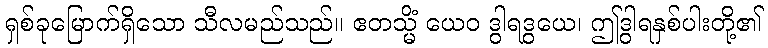
ရှစ်ခုမြောက်ရှိသော သီလမည်သည်။ ဧတသ္မိံ ယေဝ ဒွါရဒွယေ၊ ဤဒွါရနှစ်ပါးတို့၏